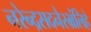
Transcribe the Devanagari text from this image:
नरेन्द्रसदनैरभ्रंलिहे